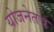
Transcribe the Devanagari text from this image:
योजनेतच